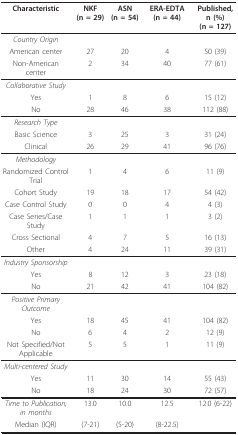
<table><thead><tr><td><b>Characteristic</b></td><td><b>NKF(n = 29)</b></td><td><b>ASN(n = 54)</b></td><td><b>ERA-EDTA (n = 44)</b></td><td><b>Published, n (%)(n = 127)</b></td></tr></thead><tbody><tr><td><i>Country Origin</i></td><td>[EMPTY_CELL]</td><td>[EMPTY_CELL]</td><td>[EMPTY_CELL]</td><td>[EMPTY_CELL]</td></tr><tr><td>American center</td><td>27</td><td>20</td><td>4</td><td>50 (39)</td></tr><tr><td>Non-American center</td><td>2</td><td>34</td><td>40</td><td>77 (61)</td></tr><tr><td><i>Collaborative Study</i></td><td>[EMPTY_CELL]</td><td>[EMPTY_CELL]</td><td>[EMPTY_CELL]</td><td>[EMPTY_CELL]</td></tr><tr><td>Yes</td><td>1</td><td>8</td><td>6</td><td>15 (12)</td></tr><tr><td>No</td><td>28</td><td>46</td><td>38</td><td>112 (88)</td></tr><tr><td><i>Research Type</i></td><td>[EMPTY_CELL]</td><td>[EMPTY_CELL]</td><td>[EMPTY_CELL]</td><td>[EMPTY_CELL]</td></tr><tr><td>Basic Science</td><td>3</td><td>25</td><td>3</td><td>31 (24)</td></tr><tr><td>Clinical</td><td>26</td><td>29</td><td>41</td><td>96 (76)</td></tr><tr><td><i>Methodology</i></td><td>[EMPTY_CELL]</td><td>[EMPTY_CELL]</td><td>[EMPTY_CELL]</td><td>[EMPTY_CELL]</td></tr><tr><td>Randomized Control Trial</td><td>1</td><td>4</td><td>6</td><td>11 (9)</td></tr><tr><td>Cohort Study</td><td>19</td><td>18</td><td>17</td><td>54 (42)</td></tr><tr><td>Case Control Study</td><td>0</td><td>0</td><td>4</td><td>4 (3)</td></tr><tr><td>Case Series/Case Study</td><td>1</td><td>1</td><td>1</td><td>3 (2)</td></tr><tr><td>Cross Sectional</td><td>4</td><td>7</td><td>5</td><td>16 (13)</td></tr><tr><td>Other</td><td>4</td><td>24</td><td>11</td><td>39 (31)</td></tr><tr><td><i>Industry Sponsorship</i></td><td>[EMPTY_CELL]</td><td>[EMPTY_CELL]</td><td>[EMPTY_CELL]</td><td>[EMPTY_CELL]</td></tr><tr><td>Yes</td><td>8</td><td>12</td><td>3</td><td>23 (18)</td></tr><tr><td>No</td><td>21</td><td>42</td><td>41</td><td>104 (82)</td></tr><tr><td><i>Positive Primary Outcome</i></td><td>[EMPTY_CELL]</td><td>[EMPTY_CELL]</td><td>[EMPTY_CELL]</td><td>[EMPTY_CELL]</td></tr><tr><td>Yes</td><td>18</td><td>45</td><td>41</td><td>104 (82)</td></tr><tr><td>No</td><td>6</td><td>4</td><td>2</td><td>12 (9)</td></tr><tr><td>Not Specified/Not Applicable</td><td>5</td><td>5</td><td>1</td><td>11 (9)</td></tr><tr><td><i>Multi-centered Study</i></td><td>[EMPTY_CELL]</td><td>[EMPTY_CELL]</td><td>[EMPTY_CELL]</td><td>[EMPTY_CELL]</td></tr><tr><td>Yes</td><td>11</td><td>30</td><td>14</td><td>55 (43)</td></tr><tr><td>No</td><td>18</td><td>24</td><td>30</td><td>72 (57)</td></tr><tr><td><i>Time to Publication, in months</i></td><td>13.0</td><td>10.0</td><td>12.5</td><td>12.0 (6-22)</td></tr><tr><td>Median (IQR)</td><td>(7-21)</td><td>(5-20)</td><td>(8-22.5)</td><td>[EMPTY_CELL]</td></tr></tbody></table>